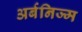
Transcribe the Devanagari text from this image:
अर्बनिज्म